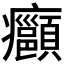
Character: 𭼺